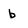
Character: b